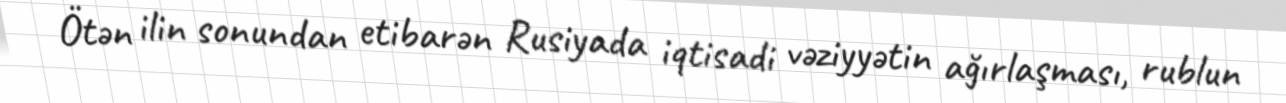
Ötən ilin sonundan etibarən Rusiyada iqtisadi vəziyyətin ağırlaşması, rublun